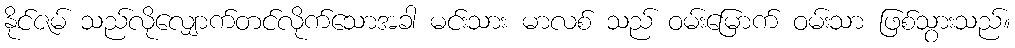
နိုင်ဇမ် သည်လိုလျှောက်တင်လိုက်သောအခါ မင်းသား မာလစ် သည် ဝမ်းမြောက် ဝမ်းသာ ဖြစ်သွားသည်။